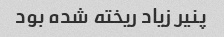
پنیر زیاد ریخته شده بود